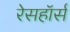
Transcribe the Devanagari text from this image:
रेसहॉर्स